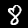
Digit: 8